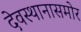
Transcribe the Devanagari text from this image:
देवस्थानासमोर